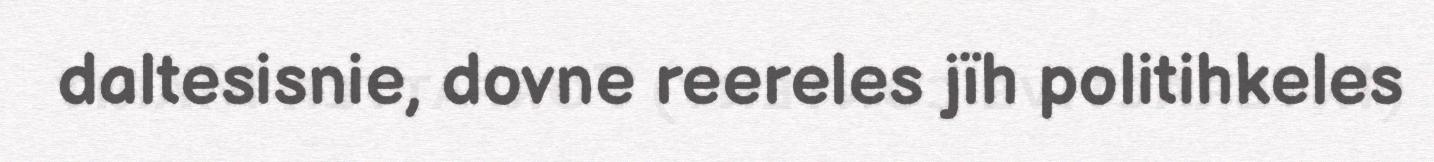
daltesisnie, dovne reereles jïh politihkeles